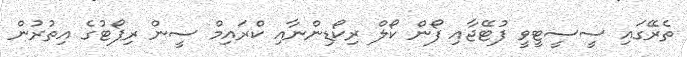
ތެރޭގައި ސީސީޓީވީ ފުޓޭޖާއި ފޯން ކޯލް ރިކޯޑިންނާއި ކްރައިމް ސީން ރިޕޯޓުގެ އިތުރުން